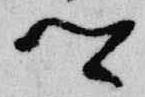
卿